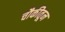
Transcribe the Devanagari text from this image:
चौकीतून